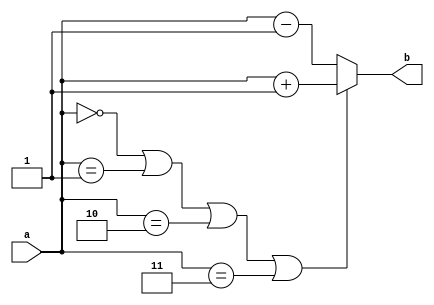
/*
* 3 bit input, and 3 bit output
* returns output = input + 1 if input is 0/1/2/3
* returns output = input - 1 if input is 4/5/6/7 (actually, anything else)
*
* Akshay - 24/02/2017
*/
module function2(a, b);
	input [2:0]a;
	output [2:0]b;
	reg [2:0]b;
	always @ (a) begin
		if(a==3'b000 || a==3'b001 || a==3'b010 || a==3'b011)
			b = a+1;
		else
			b=a-1;
	end
endmodule